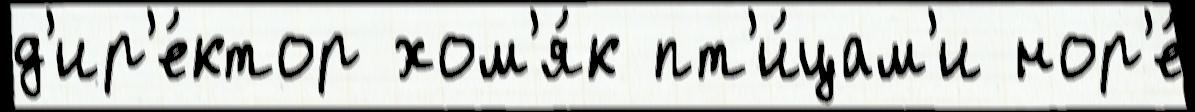
д'ир'е́ктор хом'я́к пт'и́цам'и нор'е́